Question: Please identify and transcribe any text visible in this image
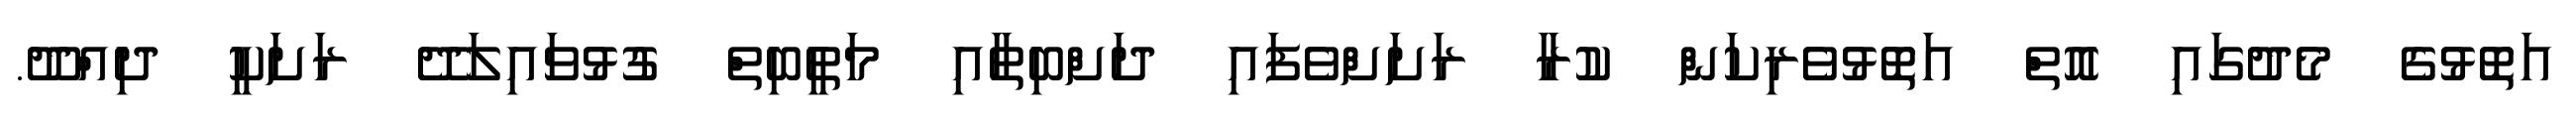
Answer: އަތޮޅުގެ މެދުގައި އޮތް އަތޮޅުވެރިކަން ކުރާ ރަށަށްވެފައި ދަށްބިތާއި މަތީބިތް ގުޅުވައިލަދޭ ރަށަކީ ދިއްދޫ.